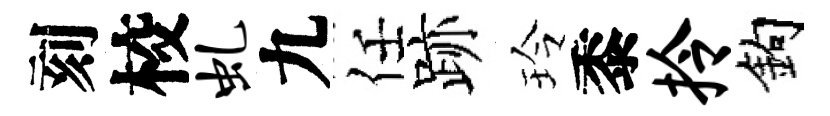
刻校虬九任跡玲黍拎鈎